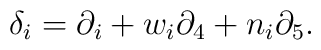
\delta _{i}=\partial _{i}+w_{i}\partial _{4}+n_{i}\partial _{5}.